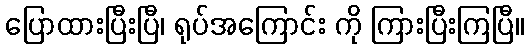
ပြောထားပြီးပြီ၊ ရုပ်အကြောင်း ကို ကြားပြီးကြပြီ။